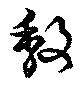
馥